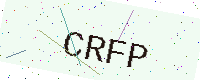
Text: CRFP